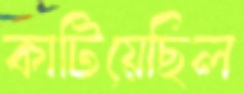
কাটিয়েছিল